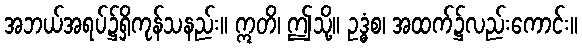
အဘယ်အရပ်၌ရှိကုန်သနည်း။ ဣတိ၊ ဤသို့။ ဥဒ္ဓံစ၊ အထက်၌လည်းကောင်း။